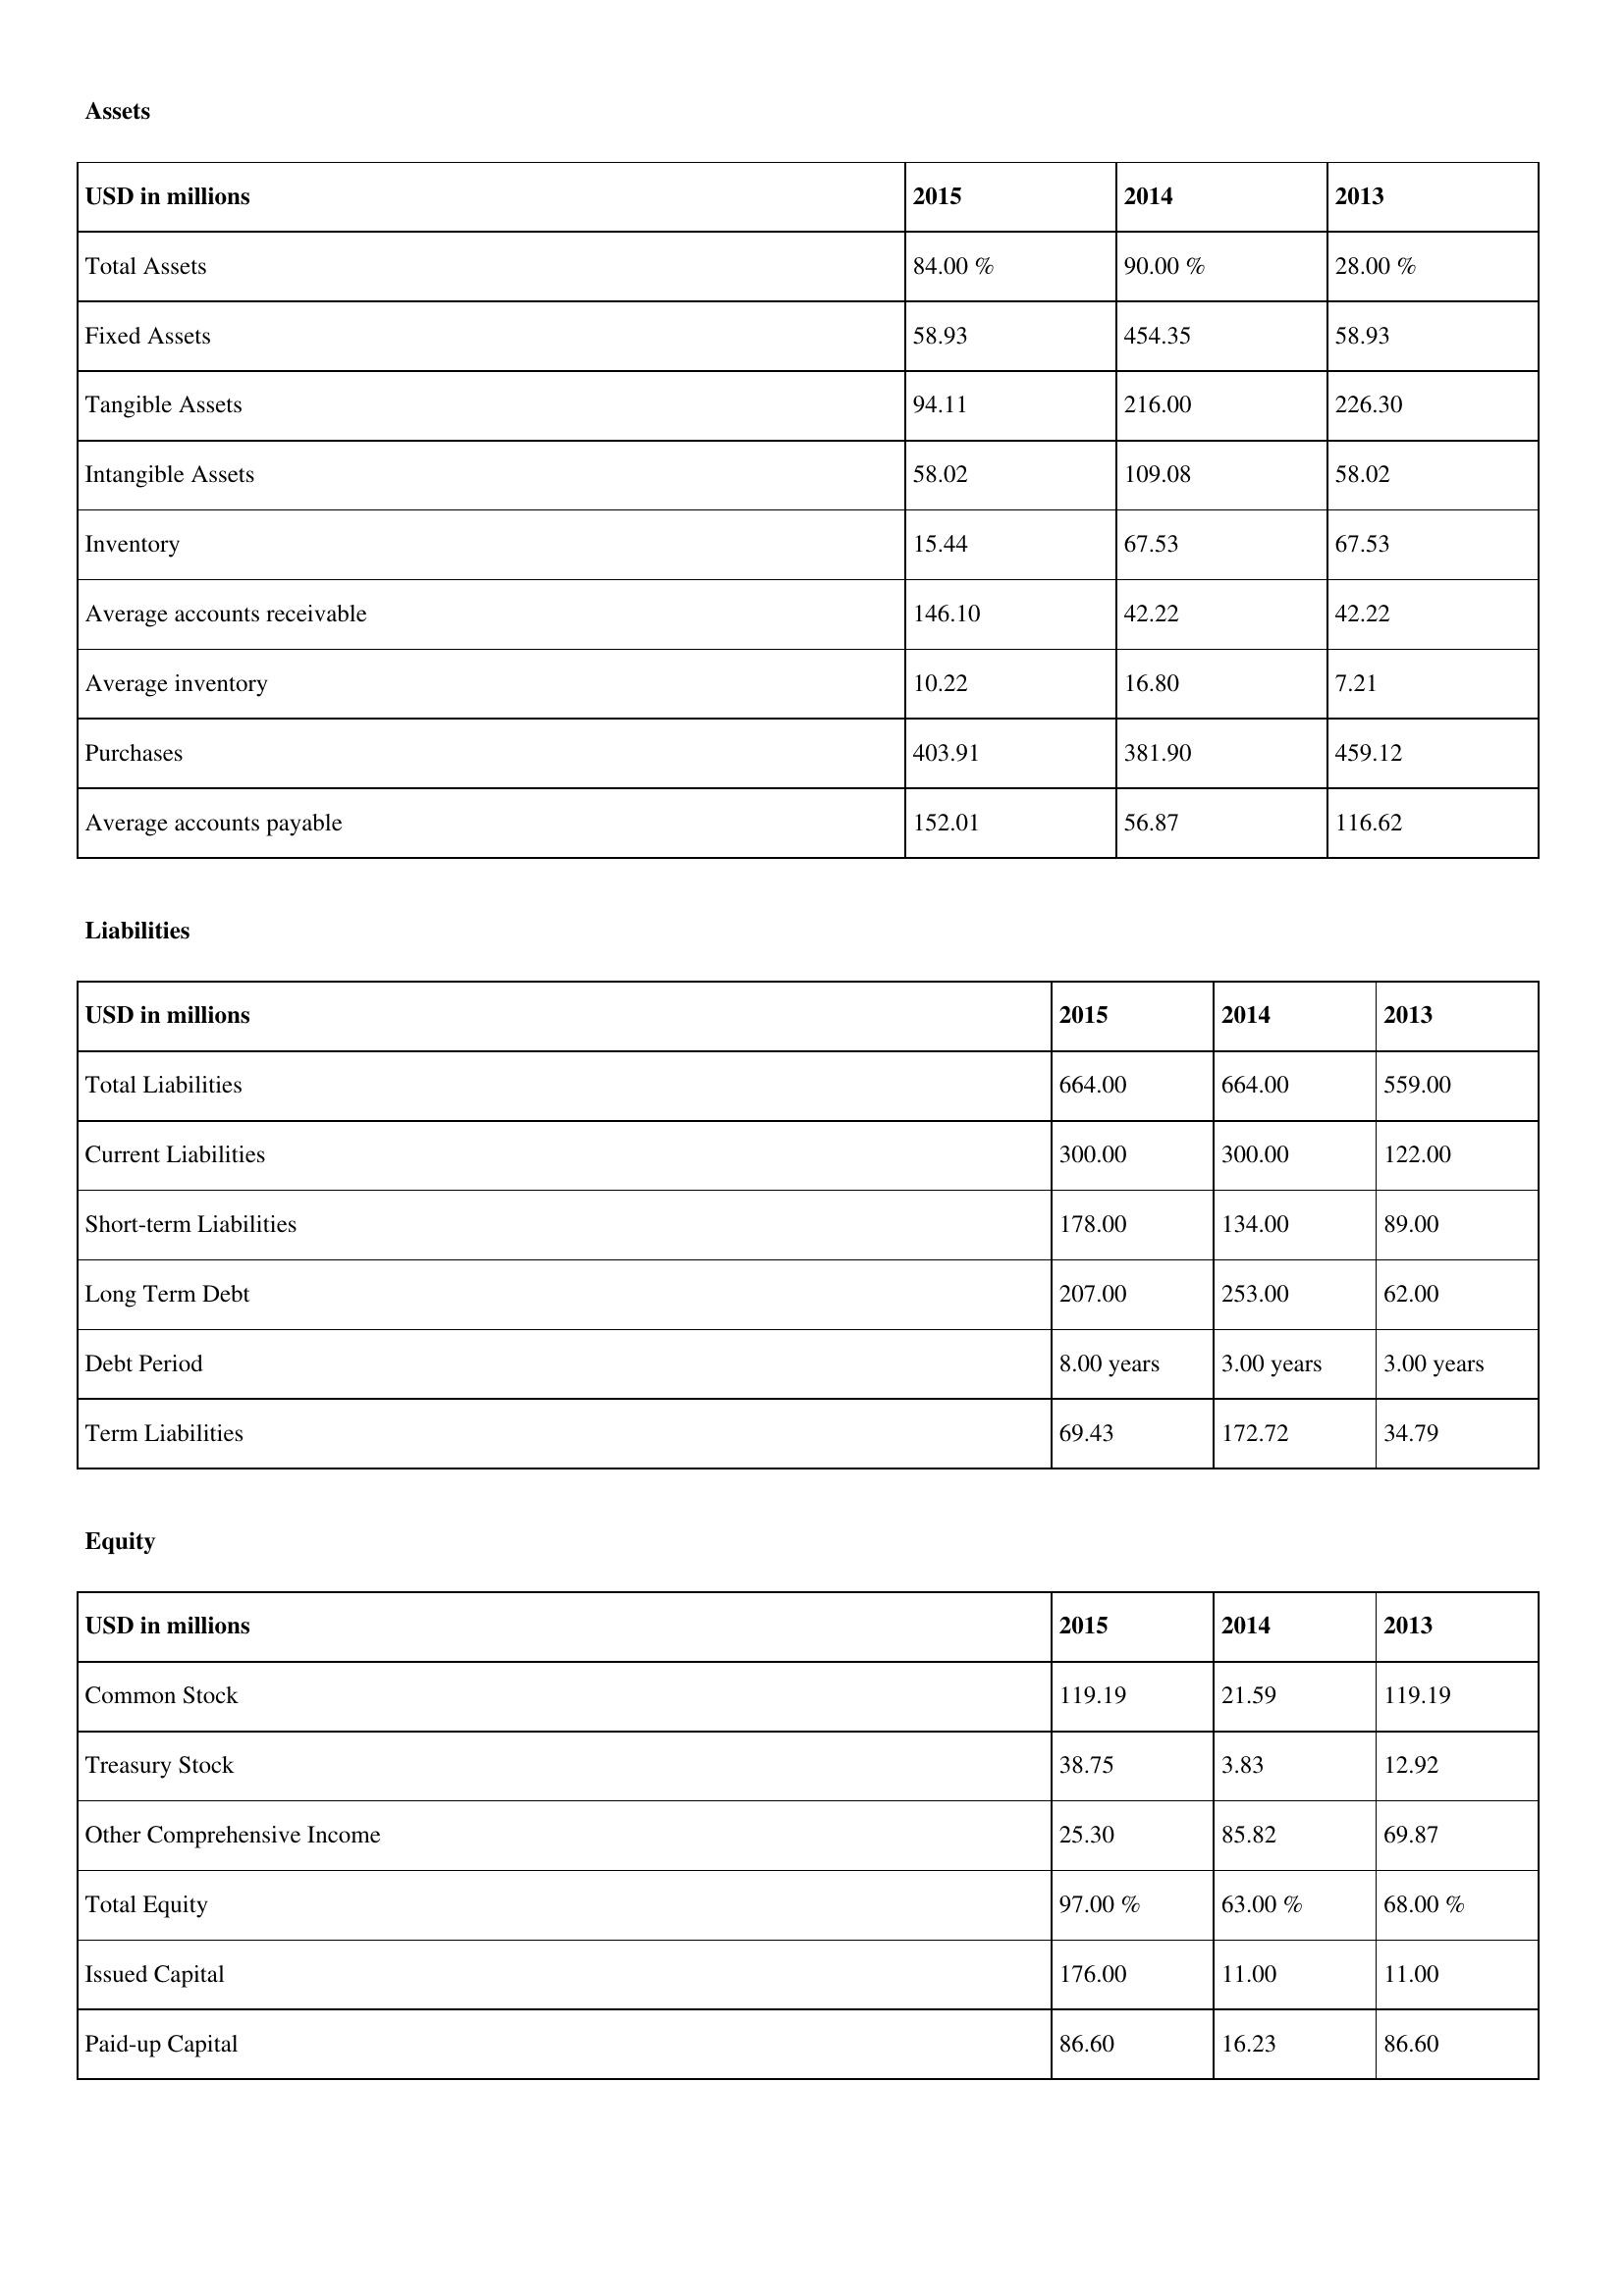
gt_parse: 2015: Assets: Total Assets: 84.00 %
Fixed Assets: 58.93
Tangible Assets: 94.11
Intangible Assets: 58.02
Inventory: 15.44
Average accounts receivable: 146.10
Average inventory: 10.22
Purchases: 403.91
Average accounts payable: 152.01
Liabilities: Total Liabilities: 664.00
Current Liabilities: 300.00
Short-term Liabilities: 178.00
Long Term Debt: 207.00
Debt Period: 8.00 years
Term Liabilities: 69.43
Equity: Common Stock: 119.19
Treasury Stock: 38.75
Other Comprehensive Income: 25.30
Total Equity: 97.00 %
Issued Capital: 176.00
Paid-up Capital: 86.60
2014: Assets: Total Assets: 90.00 %
Fixed Assets: 454.35
Tangible Assets: 216.00
Intangible Assets: 109.08
Inventory: 67.53
Average accounts receivable: 42.22
Average inventory: 16.80
Purchases: 381.90
Average accounts payable: 56.87
Liabilities: Total Liabilities: 664.00
Current Liabilities: 300.00
Short-term Liabilities: 134.00
Long Term Debt: 253.00
Debt Period: 3.00 years
Term Liabilities: 172.72
Equity: Common Stock: 21.59
Treasury Stock: 3.83
Other Comprehensive Income: 85.82
Total Equity: 63.00 %
Issued Capital: 11.00
Paid-up Capital: 16.23
2013: Assets: Total Assets: 28.00 %
Fixed Assets: 58.93
Tangible Assets: 226.30
Intangible Assets: 58.02
Inventory: 67.53
Average accounts receivable: 42.22
Average inventory: 7.21
Purchases: 459.12
Average accounts payable: 116.62
Liabilities: Total Liabilities: 559.00
Current Liabilities: 122.00
Short-term Liabilities: 89.00
Long Term Debt: 62.00
Debt Period: 3.00 years
Term Liabilities: 34.79
Equity: Common Stock: 119.19
Treasury Stock: 12.92
Other Comprehensive Income: 69.87
Total Equity: 68.00 %
Issued Capital: 11.00
Paid-up Capital: 86.60